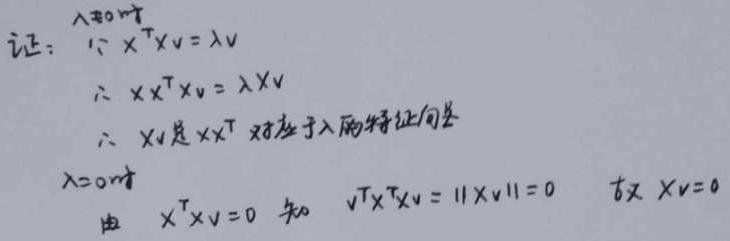
证：\quad \because X^{T}Xv = \(\lambda\) v\\
\therefore \(XX^{T}\)Xv=\(\lambda\) Xv\\
\(\therefore Xv\)是\(XX^{T}\)对应于\(\lambda\)的特征向量\\
\(\lambda\) = 0时\\
由\quad X^{T}\(Xv = 0\) 知\(\quad v^{T}X^{T}Xv=\|Xv\|^{2}=0\quad \)故\(Xv = 0\)